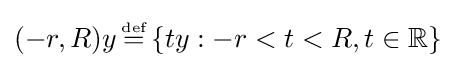
(-r,R)y\,{\stackrel {\scriptscriptstyle {\text{def}}}{=}}\,\{ty:-r<t<R,t\in \mathbb {R} \}